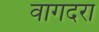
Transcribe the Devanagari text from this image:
वागदरा